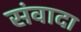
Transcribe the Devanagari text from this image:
संवादा